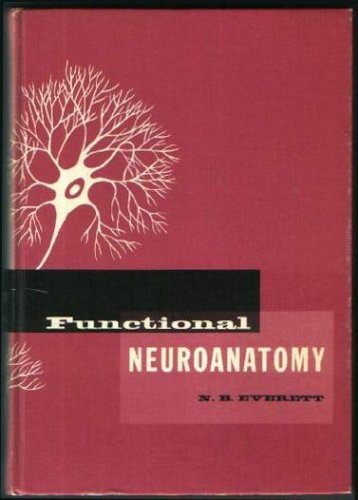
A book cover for Functional Neuroanatomy : Including an Atlas of the Brain Stem; N. B. Everett; Medical Books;